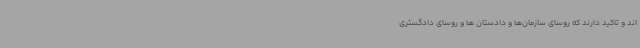
اند و تاکید دارند که روسای سازمان‌ها و دادستان ها و روسای دادگستری